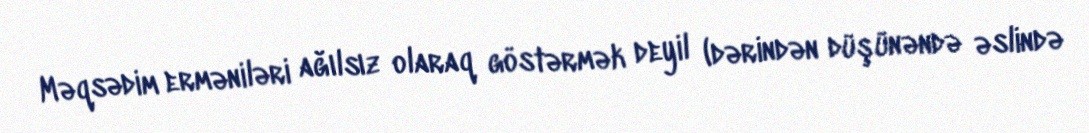
Məqsədim erməniləri ağılsız olaraq göstərmək deyil (dərindən düşünəndə əslində